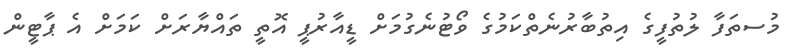
މުސތަފާ ލުތުފީގެ އިތުބާރުނެތްކަމުގެ ވޯޓުނެގުމަށް ޑީއާރުޕީ އޮތީ ތައްޔާރަށް ކަމަށް އެ ޕާޓީން